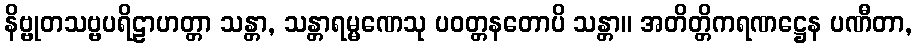
နိဗ္ဗုတသဗ္ဗပရိဠာဟတ္တာ သန္တာ, သန္တာရမ္မဏေသု ပဝတ္တနတောပိ သန္တာ။ အတိတ္တိကရဏဋ္ဌေန ပဏီတာ,